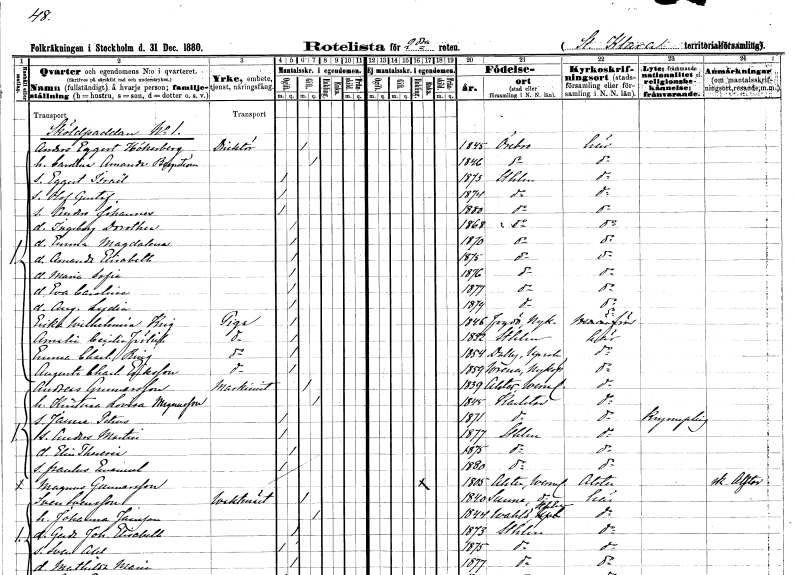
gt_parse: households: individuals: FN: Anders Eggert
EN: Hökerberg
YRKE: Direktör
KON: M
CIV: G
FODAR: 1845
FODFORS: Örebro Örebro län
FN: Carolina Amanda
EN: Bergström
KON: K
CIV: G
FODAR: 1846
FODFORS: Örebro Örebro län
FN: Eggert Israel
KON: M
CIV: O
FODAR: 1873
FODFORS: Stockholm
FN: Olof Gustaf
KON: M
CIV: O
FODAR: 1874
FODFORS: Stockholm
FN: Anders Johannes
KON: M
CIV: O
FODAR: 1880
FODFORS: Stockholm
FN: Ingeborg Dorothea
KON: K
CIV: O
FODAR: 1868
FODFORS: Stockholm
FN: Emma Magdalena
KON: K
CIV: O
FODAR: 1870
FODFORS: Stockholm
FN: Amanda Elisabeth
KON: K
CIV: O
FODAR: 1875
FODFORS: Stockholm
FN: Maria Sofia
KON: K
CIV: O
FODAR: 1876
FODFORS: Stockholm
FN: Eva Carolina
KON: K
CIV: O
FODAR: 1877
FODFORS: Stockholm
FN: Augusta Lydia
KON: K
CIV: O
FODAR: 1879
FODFORS: Stockholm
FN: Erika Wilhelmina
EN: Krig
YRKE: Piga
KON: K
CIV: O
FODAR: 1846
FODFORS: Fogdö Södermanlands län
FN: Amalia Cecilia
EN: Frölich
YRKE: Piga
KON: K
CIV: O
FODAR: 1852
FODFORS: Stockholm
FN: Emma Charlotta
EN: Bing
YRKE: Piga
KON: K
CIV: O
FODAR: 1854
FODFORS: Dalby Uppsala län
FN: Augusta Charlotta
EN: Eriksson
YRKE: Piga
KON: K
CIV: O
FODAR: 1859
FODFORS: Vrena Södermanlands län
FN: Andreas
EN: Gunnarsson
YRKE: Maskinist
KON: M
CIV: G
FODAR: 1839
FODFORS: Alster Värmlands län
FN: Kristina Lovisa
EN: Magnusson
KON: K
CIV: G
FODAR: 1845
FODFORS: Karlstad Värmlands län
FN: Janne Petrus
KON: M
CIV: O
FODAR: 1871
FODFORS: Karlstad Värmlands län
FN: Anders Martin
KON: M
CIV: O
FODAR: 1877
FODFORS: Stockholm
FN: Elin Theresia
KON: K
CIV: O
FODAR: 1875
FODFORS: Stockholm
FN: Paulus Emanuel
KON: M
CIV: O
FODAR: 1880
FODFORS: Stockholm
FN: Magnus
EN: Gunnarsson
KON: M
CIV: E
FODAR: 1805
FODFORS: Alster Värmlands län